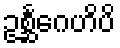
ဥစ္ဆင်္ဂေဟိပိ